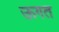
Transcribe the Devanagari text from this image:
ऊगत